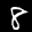
Label: 8